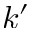
k ^ { \prime }